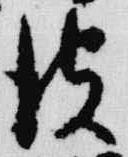
彼